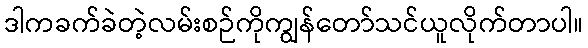
ဒါကခက်ခဲတဲ့လမ်းစဉ်ကိုကျွန်တော်သင်ယူလိုက်တာပါ။